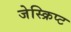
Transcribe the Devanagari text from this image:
जेस्क्रिप्ट